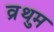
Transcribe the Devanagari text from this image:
व्रुथम